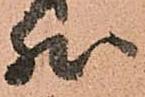
然